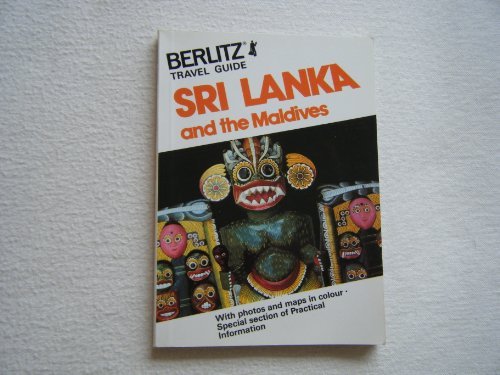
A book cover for Sri Lanka and the Maldives Travel Guide (Berlitz travel guide); Berlitz Guides; Travel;